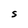
Character: S